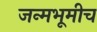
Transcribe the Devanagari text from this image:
जन्मभूमीच